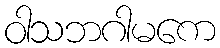
ဝါသဘဂါမကေ